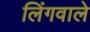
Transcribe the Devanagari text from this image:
लिंगवाले